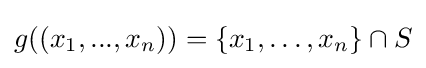
g((x_{1},...,x_{n}))=\{x_{1},\ldots ,x_{n}\}\cap S